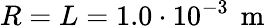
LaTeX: R=L=1.0\cdot 10^{-3}\, \mathrm{~m~}